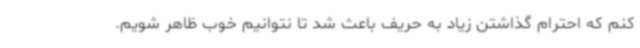
کنم که احترام گذاشتن زیاد به حریف باعث شد تا نتوانیم خوب ظاهر شویم.